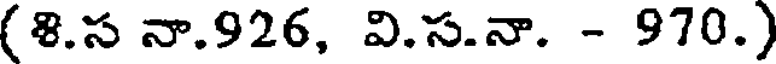
(8.స నా.926, వి.స.నా. - 970.)